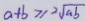
a + b \geq 2 \sqrt { a b }